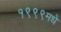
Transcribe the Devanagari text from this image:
१९९९मधे